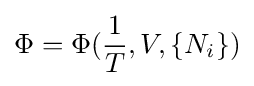
\Phi =\Phi ({\frac {1}{T}},V,\{N_{i}\})